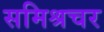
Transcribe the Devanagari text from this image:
समिश्रचर